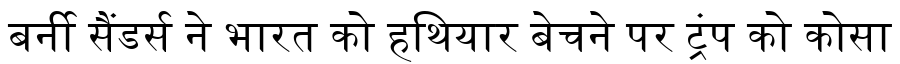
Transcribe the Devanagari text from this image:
बर्नी सैंडर्स ने भारत को हथियार बेचने पर ट्रंप को कोसा